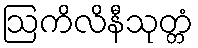
ဩကိလိနီသုတ္တံ